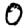
Digit: 0